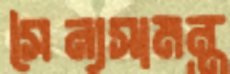
সৈন্যসামন্ত